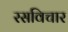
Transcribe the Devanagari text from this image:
रसविचार